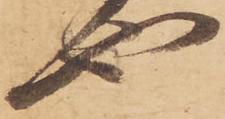
也